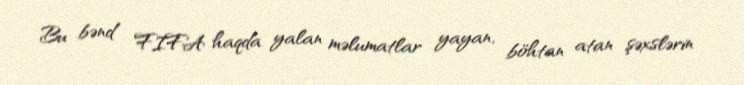
Bu bənd FIFA haqda yalan məlumatlar yayan, böhtan atan şəxslərin